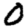
Digit: 0